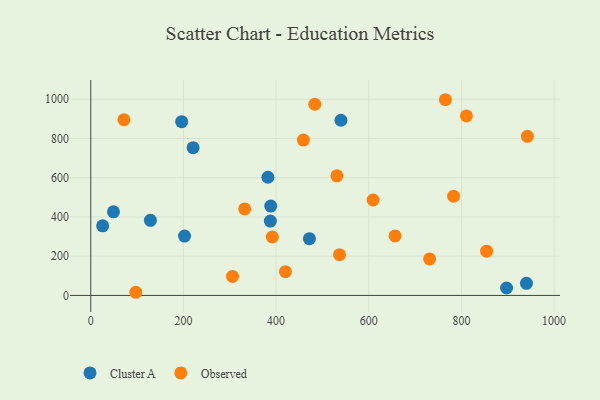
{"axis": {"x": "Price", "y": "Rating"}, "legend": ["Cluster A", "Observed"], "data": [{"x": "382.3", "y": 602.4, "type": "Cluster A"}, {"x": "897.4", "y": 38.0, "type": "Cluster A"}, {"x": "471.9", "y": 289.4, "type": "Cluster A"}, {"x": "940.3", "y": 61.7, "type": "Cluster A"}, {"x": "49.0", "y": 426.2, "type": "Cluster A"}, {"x": "128.7", "y": 382.6, "type": "Cluster A"}, {"x": "220.9", "y": 752.9, "type": "Cluster A"}, {"x": "387.6", "y": 378.9, "type": "Cluster A"}, {"x": "388.4", "y": 455.6, "type": "Cluster A"}, {"x": "202.4", "y": 302.4, "type": "Cluster A"}, {"x": "25.6", "y": 355.0, "type": "Cluster A"}, {"x": "540.0", "y": 892.7, "type": "Cluster A"}, {"x": "196.2", "y": 885.3, "type": "Cluster A"}, {"x": "71.6", "y": 895.2, "type": "Observed"}, {"x": "97.2", "y": 16.2, "type": "Observed"}, {"x": "783.1", "y": 505.9, "type": "Observed"}, {"x": "332.2", "y": 441.1, "type": "Observed"}, {"x": "458.8", "y": 791.5, "type": "Observed"}, {"x": "810.7", "y": 914.8, "type": "Observed"}, {"x": "536.8", "y": 207.9, "type": "Observed"}, {"x": "483.4", "y": 974.3, "type": "Observed"}, {"x": "305.9", "y": 96.9, "type": "Observed"}, {"x": "391.8", "y": 297.9, "type": "Observed"}, {"x": "854.2", "y": 225.8, "type": "Observed"}, {"x": "942.3", "y": 811.0, "type": "Observed"}, {"x": "765.4", "y": 997.3, "type": "Observed"}, {"x": "420.1", "y": 121.2, "type": "Observed"}, {"x": "531.2", "y": 609.4, "type": "Observed"}, {"x": "609.3", "y": 486.3, "type": "Observed"}, {"x": "656.6", "y": 303.2, "type": "Observed"}, {"x": "731.3", "y": 185.9, "type": "Observed"}]}